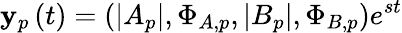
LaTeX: \mathbf{y}_{p}\left(t\right)=\left(|A_{p}|,\Phi_{A,p},|B_{p}|,\Phi_{B,p}\right)e^{st}